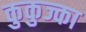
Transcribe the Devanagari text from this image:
कुकुज्का